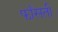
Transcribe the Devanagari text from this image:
फाँसती